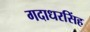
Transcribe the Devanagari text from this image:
गदाधरसिंह